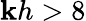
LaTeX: \mathbf{k}h>8